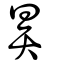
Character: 昪